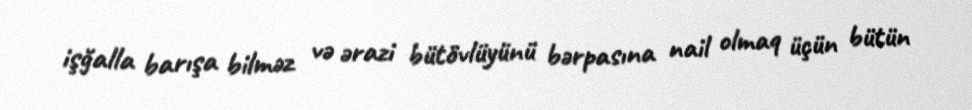
işğalla barışa bilməz və ərazi bütövlüyünü bərpasına nail olmaq üçün bütün